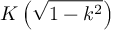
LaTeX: K \left( { \sqrt { 1 - k ^ { 2 } } } \right)